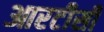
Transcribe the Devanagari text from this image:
आरटीसी